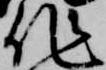
作